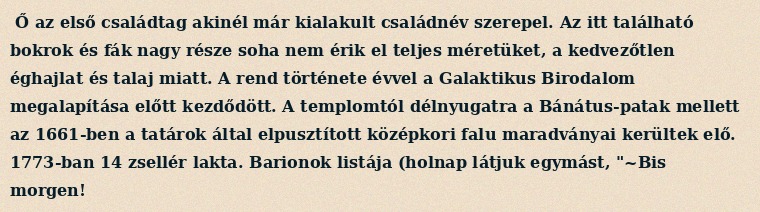
Ő az első családtag akinél már kialakult családnév szerepel. Az itt található bokrok és fák nagy része soha nem érik el teljes méretüket, a kedvezőtlen éghajlat és talaj miatt. A rend története évvel a Galaktikus Birodalom megalapítása előtt kezdődött. A templomtól délnyugatra a Bánátus-patak mellett az 1661-ben a tatárok által elpusztított középkori falu maradványai kerültek elő. 1773-ban 14 zsellér lakta. Barionok listája (holnap látjuk egymást, "~Bis morgen!